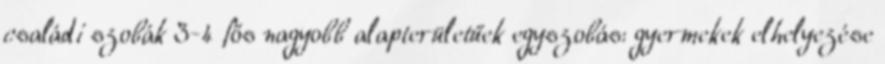
családi szobák 3-4 fős nagyobb alapterületűek egyszobás: gyermekek elhelyezése